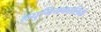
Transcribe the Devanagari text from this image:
लघुनियकालिके